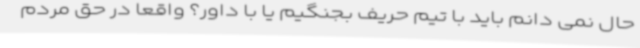
حال نمی دانم باید با تیم حریف بجنگیم یا با داور؟ واقعا در حق مردم